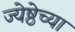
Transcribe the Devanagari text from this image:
ज्येष्ठेच्या